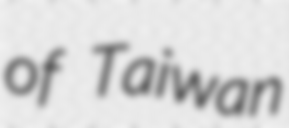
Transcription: of Taiwan